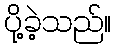
ပို့ခဲ့သည်။